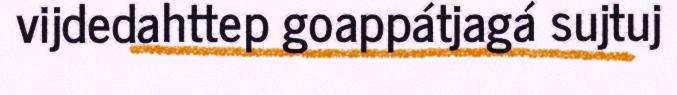
vijdedahttep goappátjagá sujtuj